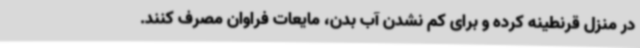
در منزل قرنطینه کرده و برای کم نشدن آب بدن، مایعات فراوان مصرف کنند.